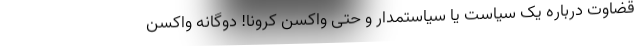
قضاوت درباره یک سیاست یا سیاستمدار و حتی واکسن کرونا! دوگانه واکسن